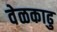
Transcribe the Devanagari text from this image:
वेळकाढु